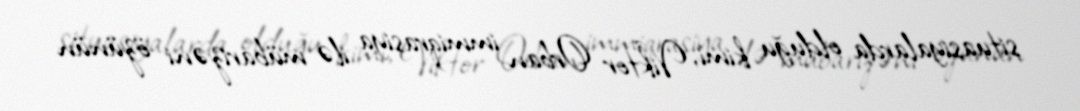
situasiyalarda olduğu kimi, Viktor Orban immiqrasiya ilə mübarizəni özünün